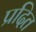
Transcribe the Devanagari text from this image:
प्रदित